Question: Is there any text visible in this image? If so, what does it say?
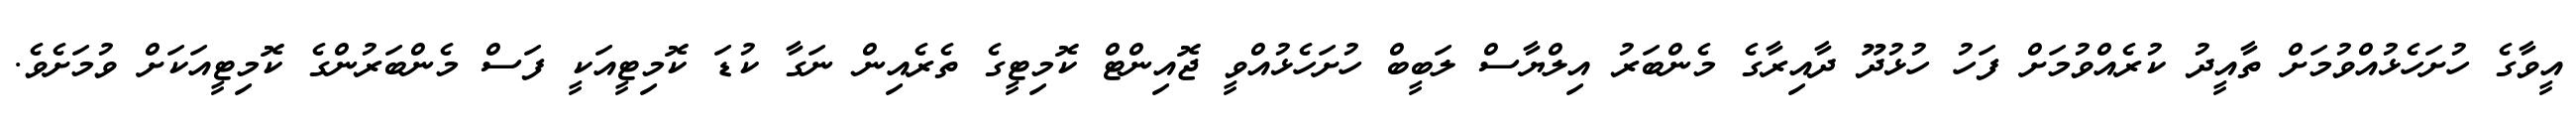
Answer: އީވާގެ ހުށަހެޅުއްވުމަށް ތާއީދު ކުރެއްވުމަށް ފަހު ހުޅުދޫ ދާއިރާގެ މެންބަރު އިލްޔާސް ލަބީބް ހުށަހެޅުއްވީ ޖޮއިންޓް ކޮމިޓީގެ ތެރެއިން ނަގާ ކުޑަ ކޮމިޓީއަކީ ފަސް މެންބަރުންގެ ކޮމިޓީއަކަށް ވުމަށެވެ.